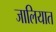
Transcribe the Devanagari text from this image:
जालियात